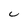
Character: C